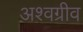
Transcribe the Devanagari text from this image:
अश्वग्रीव